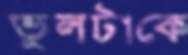
ভুলটাকে